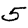
Digit: 5